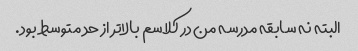
البته نه سابقه مدرسه من در کلاسم بالاتر از حد متوسط ​​بود.